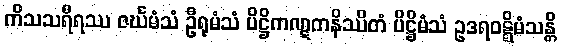
ကိသသရီရဿ ဇင်္ဃမံသံ ဦရုမံသံ ပိဋ္ဌိကဏ္ဋကနိဿိတံ ပိဋ္ဌိမံသံ ဥဒရဝဋ္ဋိမံသန္တိ